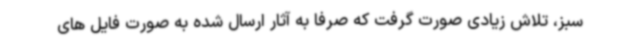
سبز، تلاش زیادی صورت گرفت که صرفا به آثار ارسال شده به صورت فایل های